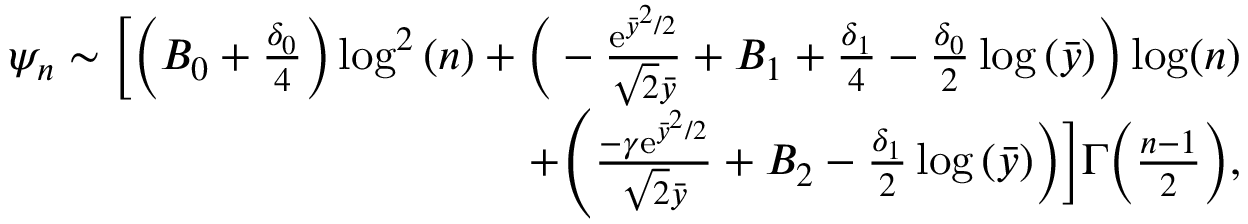
\begin{array} { r } { \psi _ { n } \sim \bigg [ \bigg ( B _ { 0 } + \frac { \delta _ { 0 } } { 4 } \bigg ) \log ^ { 2 } { ( n ) } + \bigg ( - \frac { \mathrm { e } ^ { \bar { y } ^ { 2 } / 2 } } { \sqrt { 2 } \bar { y } } + B _ { 1 } + \frac { \delta _ { 1 } } { 4 } - \frac { \delta _ { 0 } } { 2 } \log { ( \bar { y } ) } \bigg ) \log ( n ) } \\ { + \Biggl ( \frac { - \gamma \mathrm { e } ^ { \bar { y } ^ { 2 } / 2 } } { \sqrt { 2 } \bar { y } } + B _ { 2 } - \frac { \delta _ { 1 } } { 2 } \log { ( \bar { y } ) } \bigg ) \bigg ] \Gamma \bigg ( \frac { n - 1 } { 2 } \bigg ) , } \end{array}